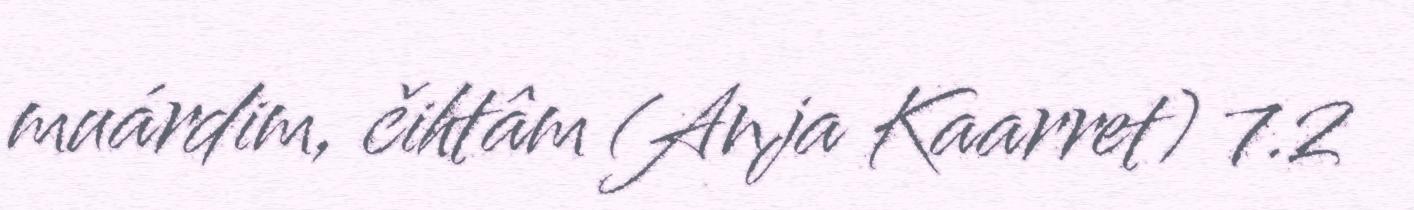
muárdim, čihtâm (Anja Kaarret) 7.2